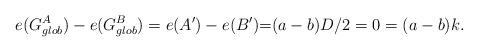
LaTeX: \begin{align*}e(G_{glob}^A) -e(G_{glob}^B) & =e(A')-e(B') {=} (a-b)D/2=0=(a-b)k.\end{align*}